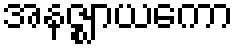
အနဇ္ဈာယကော